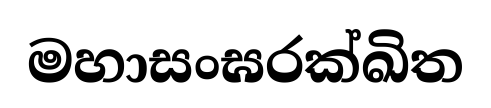
මහාසංඝරක්ඛිත